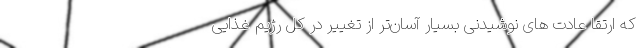
که ارتقا عادت های نوشیدنی بسیار آسان‌تر از تغییر در کل رژیم غذایی